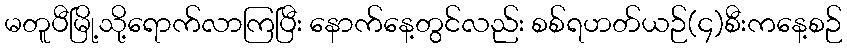
မတူပီမြို့သို့ရောက်လာကြပြီး နောက်နေ့တွင်လည်း စစ်ရဟတ်ယဉ်(၄)စီးကနေ့စဉ်